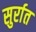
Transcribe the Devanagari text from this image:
सुर्रात